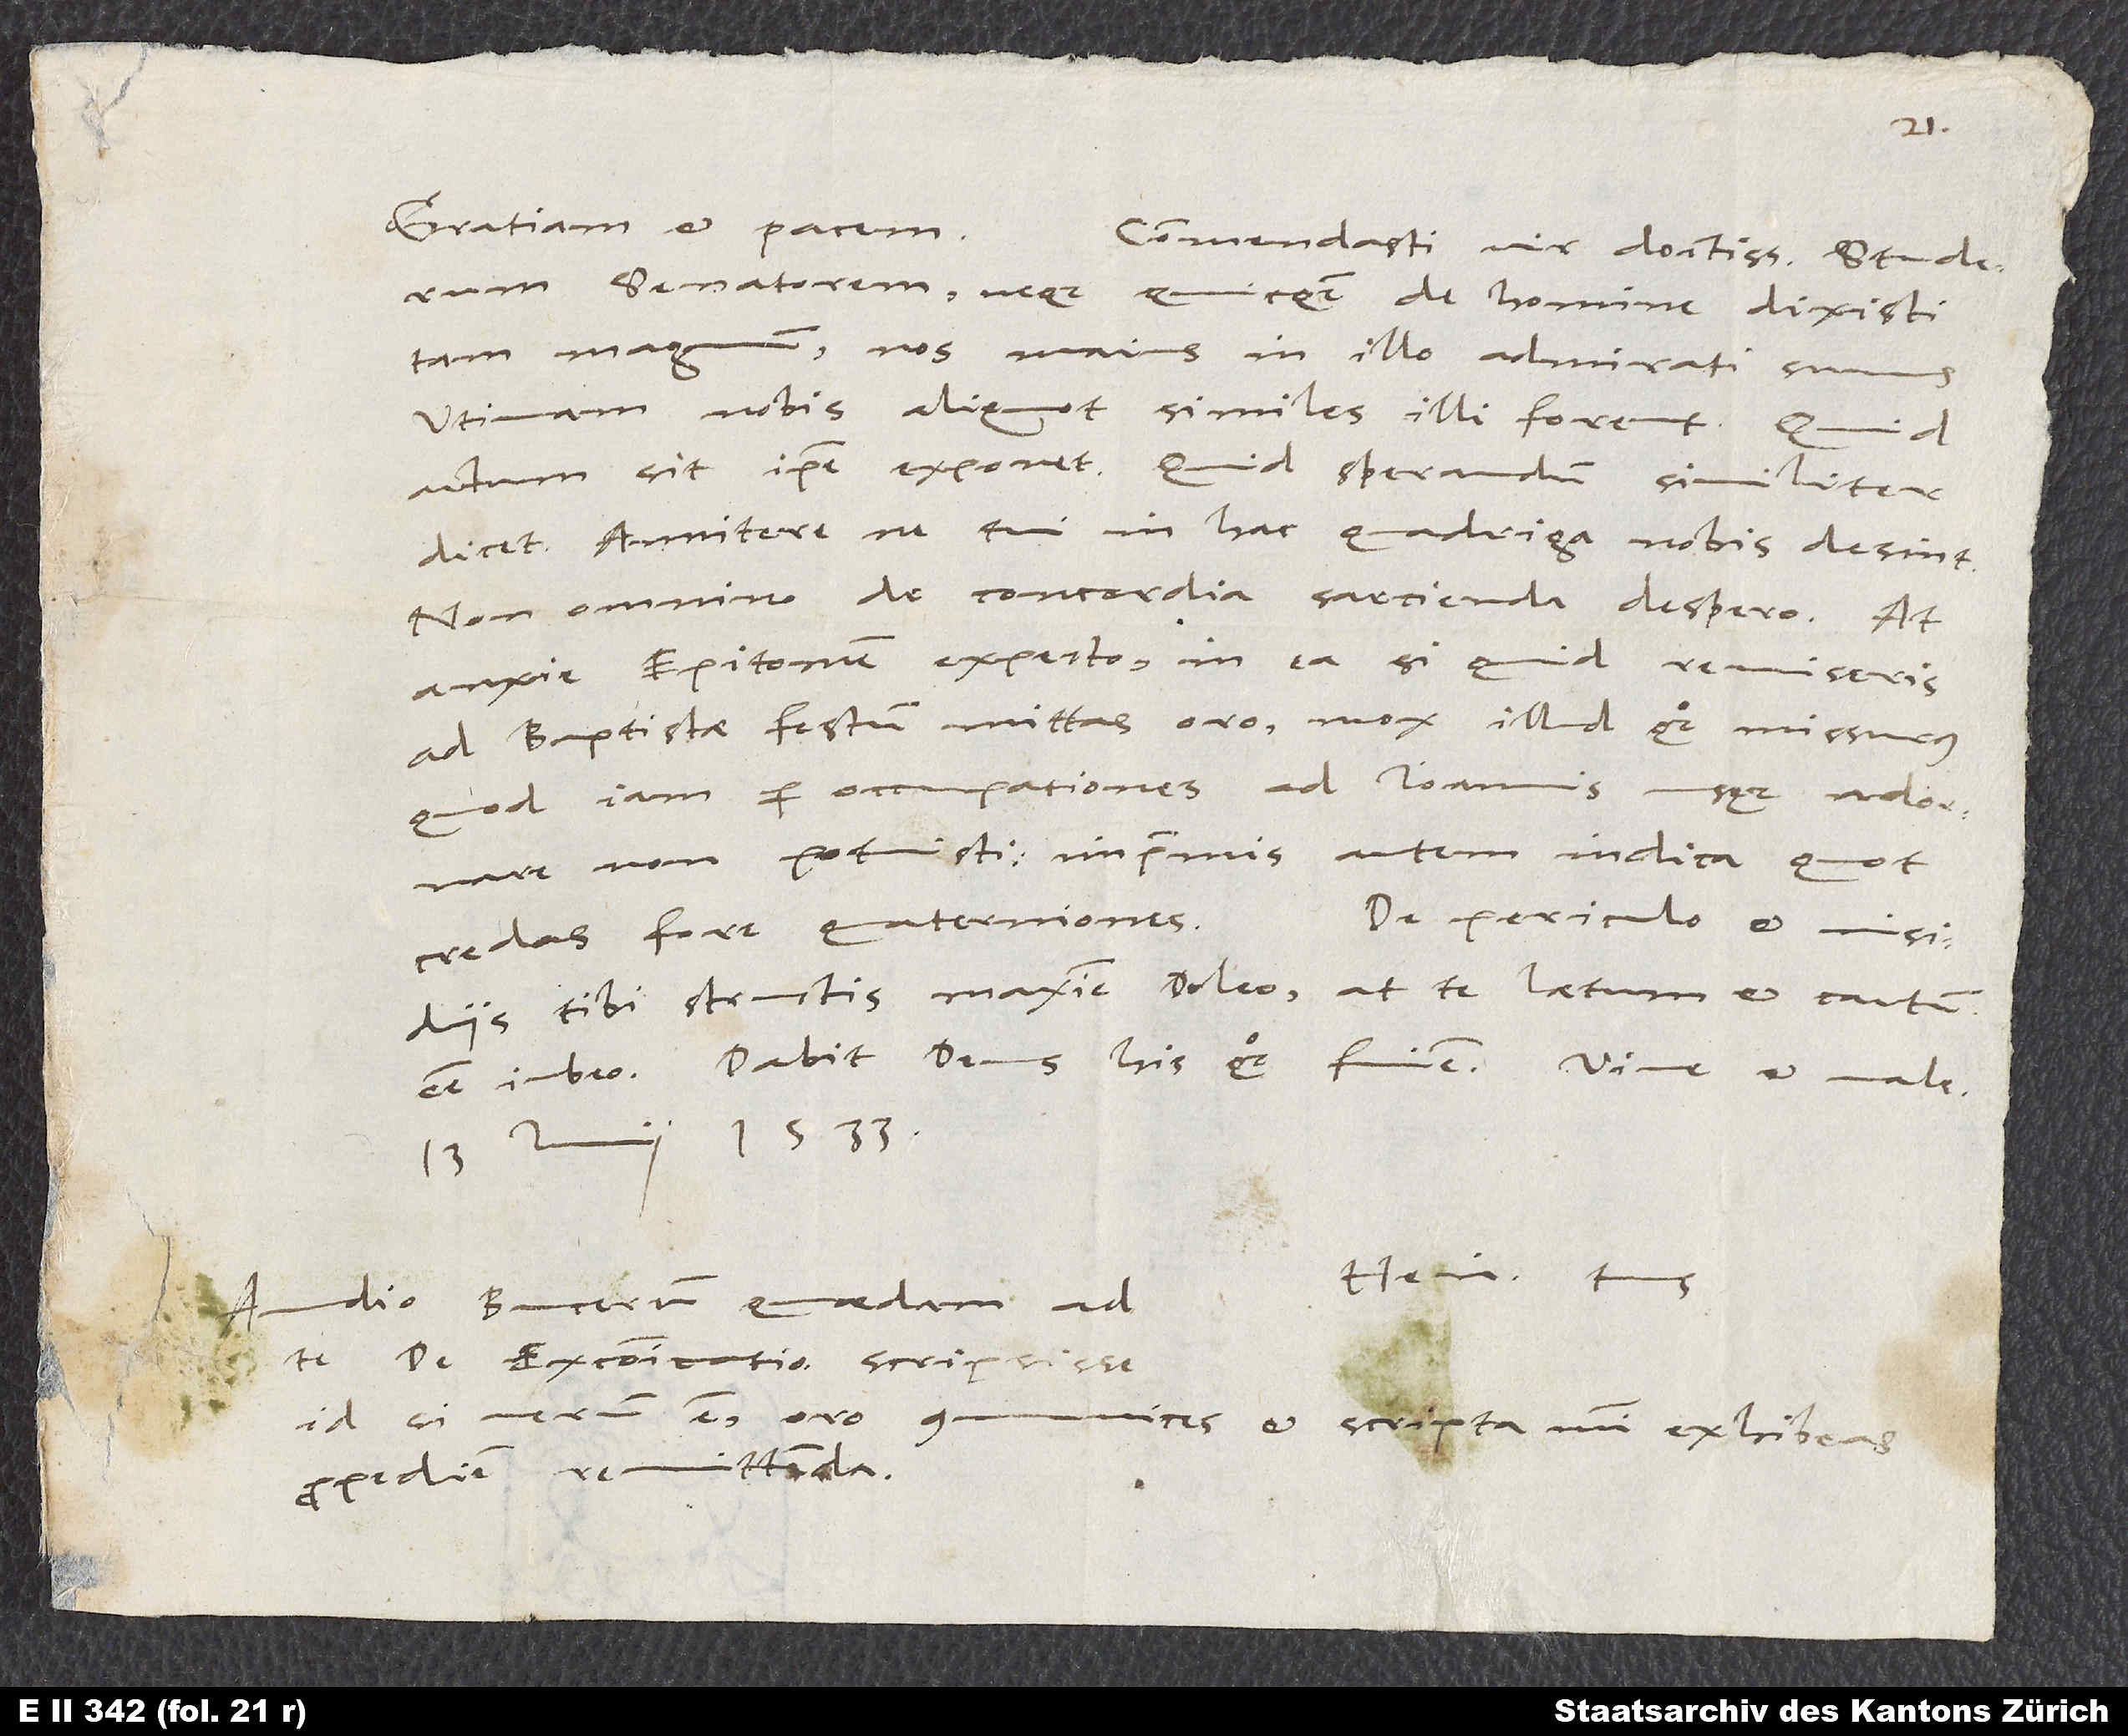
Gratiam et pacem.
Commendasti, vir doctissime, Studerum
senatorem, neque quicquam de homine dixisti
tam magnum, nos maius in illo admirati sumus.
Utinam nobis aliquot similes illi forent. Quid
actum sit, ipse exponet, quid sperandum, similiter
dicet. Annitere, ne tui in hac quadriga nobis desint.
Non omnino de concordia sarcienda despero. At
anxie Epitomen expecto. In ea si quid reviseris,
ad Baptistae festum mittas oro mox illud quoque missurus,
quod iam per occupationes ad Ioannis usque adornare
non potuisti. Imprimis autem indica, quot
De periculo et insidiis
credas fore quaterniones.
tibi structis maxime doleo, at te laetum et cautum
13. iunii 1533.
Audio Bucerum quaedam ad te
de excommunicatione scripsisse.
Id si verum est, oro communices et scripta mihi exhibeas
propediem remittenda.